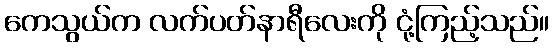
ကေသွယ်က လက်ပတ်နာရီလေးကို ငုံ့ကြည့်သည်။